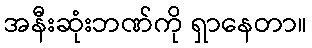
အနီးဆုံးဘဏ်ကို ရှာနေတာ။